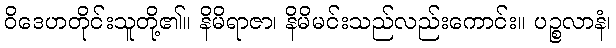
ဝိဒေဟတိုင်းသူတို့၏။ နိမိရာဇာ၊ နိမိမင်းသည်လည်းကောင်း။ ပဉ္စလာနံ၊